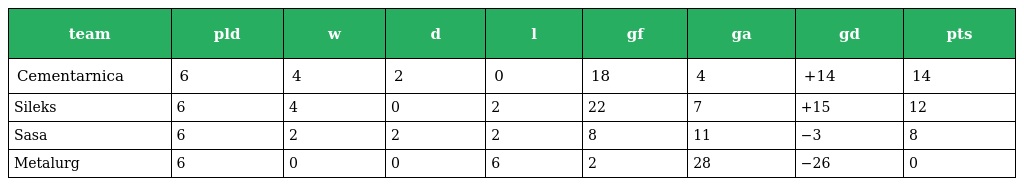
| team | pld | w | d | l | gf | ga | gd | pts |
 | --- | --- | --- | --- | --- | --- | --- | --- | --- |
 | Cementarnica | 6 | 4 | 2 | 0 | 18 | 4 | +14 | 14 |
 | Sileks | 6 | 4 | 0 | 2 | 22 | 7 | +15 | 12 |
 | Sasa | 6 | 2 | 2 | 2 | 8 | 11 | −3 | 8 |
 | Metalurg | 6 | 0 | 0 | 6 | 2 | 28 | −26 | 0 |